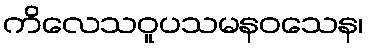
ကိလေသဝူပသမနဝသေန၊